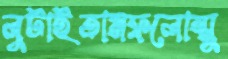
লুটাইতামফলোন্মু